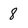
Character: 8